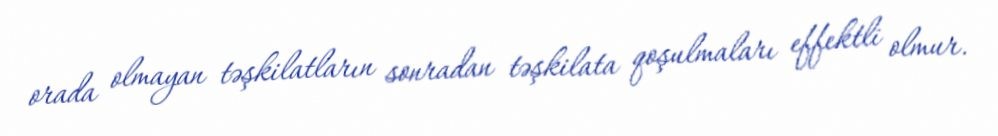
orada olmayan təşkilatların sonradan təşkilata qoşulmaları effektli olmur.